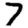
Digit: 7